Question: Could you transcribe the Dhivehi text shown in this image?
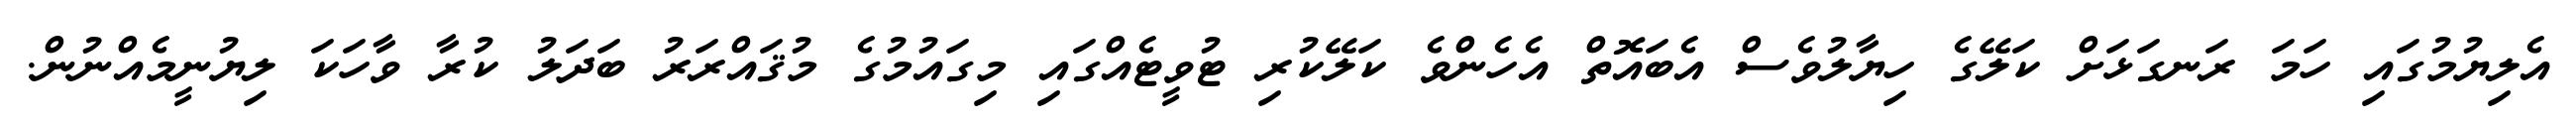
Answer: އެލިޔުމުގައި ހަމަ ރަނގަޅަށް ކަލޭގެ ހިޔާލުވެސް އެބައޮތް އެހެންވެ ކަލޭކުރި ޓުވީޓެއްގައި މިގައުމުގެ މުޤައްރަރު ބަދަލު ކުރާ ވާހަކަ ލިޔުނީމެއްނުން.